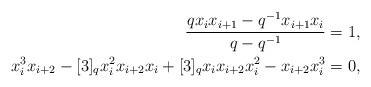
LaTeX: \begin{align*}\frac{qx_ix_{i+1}-q^{-1}x_{i+1}x_i}{q-q^{-1}}=1, \\x_i^3x_{i+2}-[3]_qx_i^2x_{i+2}x_i+[3]_qx_ix_{i+2}x_i^2-x_{i+2}x_i^3=0,\end{align*}